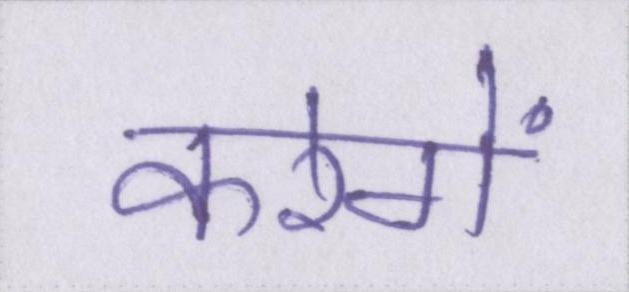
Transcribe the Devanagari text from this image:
करेगें